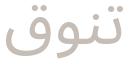
تنوق